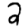
Digit: 2